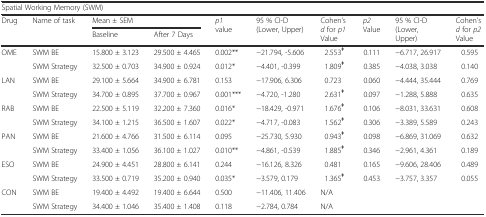
<table><thead><tr><td colspan="10"><b>Spatial Working Memory (SWM)</b></td></tr><tr><td rowspan="2"><b>Drug</b></td><td rowspan="2"><b>Name of task</b></td><td colspan="2"><b>Mean ± SEM</b></td><td rowspan="2"><b><i>p1</i> value</b></td><td rowspan="2"><b>95 % CI-D (Lower, Upper)</b></td><td rowspan="2"><b>Cohen’s <i>d</i> for <i>p1</i> Value</b></td><td rowspan="2"><b><i>p2</i> Value</b></td><td rowspan="2"><b>95 % CI-D (Lower, Upper)</b></td><td rowspan="2"><b>Cohen’s <i>d</i> for <i>p2</i> Value</b></td></tr><tr><td><b>Baseline</b></td><td><b>After 7 Days</b></td></tr></thead><tbody><tr><td rowspan="2">OME</td><td>SWM BE</td><td>15.800 ± 3.123</td><td>29.500 ± 4.465</td><td>0.002**</td><td>−21.794, -5.606</td><td>2.553<sup><b>ǂ</b></sup></td><td>0.111</td><td>−6.717, 26.917</td><td>0.595</td></tr><tr><td>SWM Strategy</td><td>32.500 ± 0.703</td><td>34.900 ± 0.924</td><td>0.012*</td><td>−4.401, -0.399</td><td>1.809<sup><b>ǂ</b></sup></td><td>0.385</td><td>−4.038, 3.038</td><td>0.140</td></tr><tr><td rowspan="2">LAN</td><td>SWM BE</td><td>29.100 ± 5.664</td><td>34.900 ± 6.781</td><td>0.153</td><td>−17.906, 6.306</td><td>0.723</td><td>0.060</td><td>−4.444, 35.444</td><td>0.769</td></tr><tr><td>SWM Strategy</td><td>34.700 ± 0.895</td><td>37.700 ± 0.967</td><td>0.001***</td><td>−4.720, -1.280</td><td>2.631<sup><b>ǂ</b></sup></td><td>0.097</td><td>−1.288, 5.888</td><td>0.635</td></tr><tr><td rowspan="2">RAB</td><td>SWM BE</td><td>22.500 ± 5.119</td><td>32.200 ± 7.360</td><td>0.016*</td><td>−18.429, -0.971</td><td>1.676<sup><b>ǂ</b></sup></td><td>0.106</td><td>−8.031, 33.631</td><td>0.608</td></tr><tr><td>SWM Strategy</td><td>34.100 ± 1.215</td><td>36.500 ± 1.607</td><td>0.022*</td><td>−4.717, -0.083</td><td>1.562<sup><b>ǂ</b></sup></td><td>0.306</td><td>−3.389, 5.589</td><td>0.243</td></tr><tr><td rowspan="2">PAN</td><td>SWM BE</td><td>21.600 ± 4.766</td><td>31.500 ± 6.114</td><td>0.095</td><td>−25.730, 5.930</td><td>0.943<sup><b>ǂ</b></sup></td><td>0.098</td><td>−6.869, 31.069</td><td>0.632</td></tr><tr><td>SWM Strategy</td><td>33.400 ± 1.056</td><td>36.100 ± 1.027</td><td>0.010**</td><td>−4.861, -0.539</td><td>1.885<sup><b>ǂ</b></sup></td><td>0.346</td><td>−2.961, 4.361</td><td>0.189</td></tr><tr><td rowspan="2">ESO</td><td>SWM BE</td><td>24.900 ± 4.451</td><td>28.800 ± 6.141</td><td>0.244</td><td>−16.126, 8.326</td><td>0.481</td><td>0.165</td><td>−9.606, 28.406</td><td>0.489</td></tr><tr><td>SWM Strategy</td><td>33.500 ± 0.719</td><td>35.200 ± 0.940</td><td>0.035*</td><td>−3.579, 0.179</td><td>1.365<sup><b>ǂ</b></sup></td><td>0.453</td><td>−3.757, 3.357</td><td>0.055</td></tr><tr><td rowspan="2">CON</td><td>SWM BE</td><td>19.400 ± 4.492</td><td>19.400 ± 6.644</td><td>0.500</td><td>−11.406, 11.406</td><td colspan="4">N/A</td></tr><tr><td>SWM Strategy</td><td>34.400 ± 1.046</td><td>35.400 ± 1.408</td><td>0.118</td><td>−2.784, 0.784</td><td colspan="4">N/A</td></tr></tbody></table>